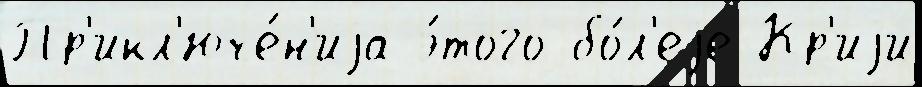
Пр'икл'юче́н'иjа э́того бо́л'еjе Кр'иjи